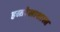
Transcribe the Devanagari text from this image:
हस्तरेखाशास्त्र